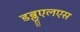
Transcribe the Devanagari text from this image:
डब्लूएलएस